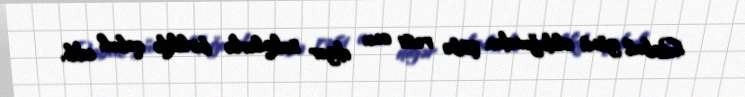
Qəbul günü olduğundan şöbə rəisi onu digər sakinlərlə birlikdə qəbul edib,